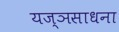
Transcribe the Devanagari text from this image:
यज्ञसाधना